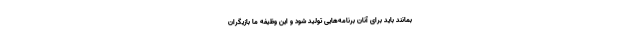
بمانند باید برای آنان برنامه‌هایی تولید شود و این وظیفه ما بازیگران